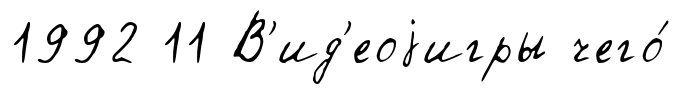
1992 11 В'ид'еоjигры чего́